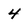
Character: 4